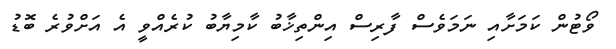
ވޯޓުން ކަމަށާއި ނަމަވެސް ފާރިސް އިންްތިޚާބު ކާމިޔާބު ކުރެއްވީ އެ އަށްވުރެ ބޮޑު